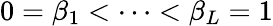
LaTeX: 0=\beta_{1}<\cdots<\beta_{L}=1